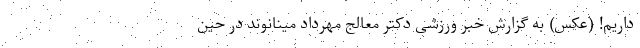
داریم! (عکس) به گزارش خبر ورزشی دکتر معالج مهرداد مینانوند در حین